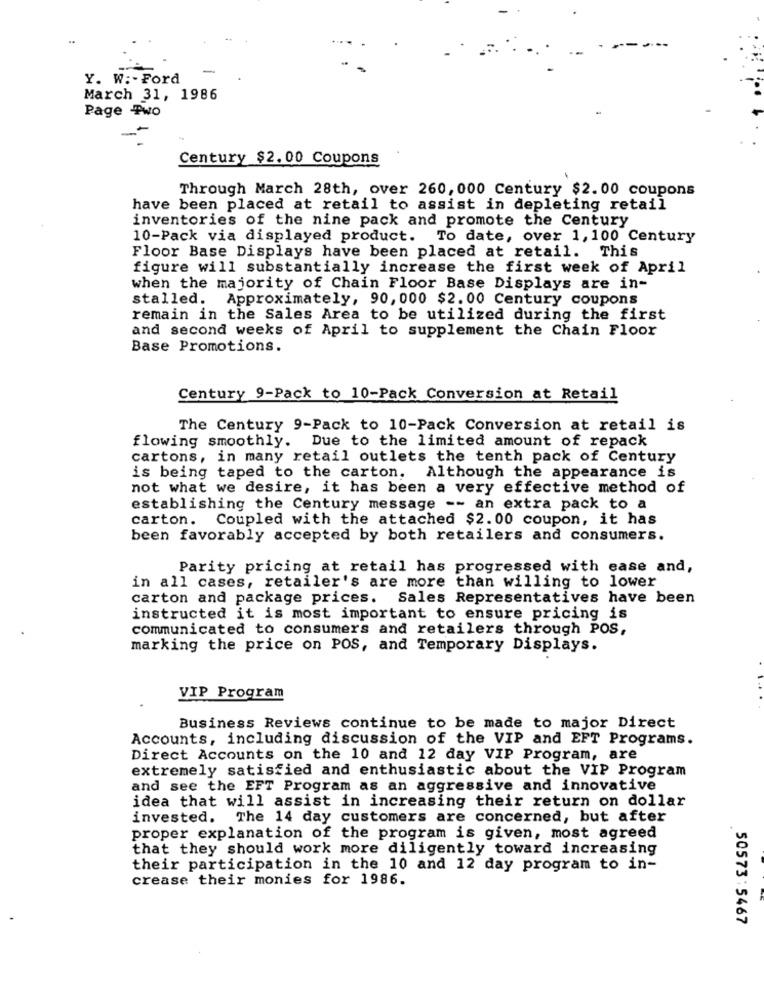
-
Y. W :- Ford
March 31, 1986
Page Two
Century $2.00 Coupons
Through March 28th, over 260, 000 Century $2.00 coupons
have been placed at retail to assist in depleting retail
inventories of the nine pack and promote the Century
10-Pack via displayed product. To date, over 1,100 Century
Floor Base Displays have been placed at retail. This
figure will substantially increase the first week of April
when the majority of Chain Floor Base Displays are in-
stalled. Approximately, 90, 000 $2. 00 Century coupons
remain in the Sales Area to be utilized during the first
and second weeks of April to supplement the Chain Floor
Base Promotions.
Century 9-Pack to 10-Pack Conversion at Retail
The Century 9-Pack to 10-Pack Conversion at retail is
flowing smoothly. Due to the limited amount of repack
cartons, in many retail outlets the tenth pack of Century
is being taped to the carton. Although the appearance is
not what we desire, it has been a very effective method of
establishing the Century message -- an extra pack to a
carton.
Coupled with the attached $2.00 coupon, it has
been favorably accepted by both retailers and consumers.
Parity pricing at retail has progressed with ease and,
in all cases, retailer's are more than willing to lower
carton and package prices. Sales Representatives have been
instructed it is most important to ensure pricing is
communicated to consumers and retailers through POS,
marking the price on POS, and Temporary Displays.
VIP Program
Business Reviews continue to be made to major Direct
Accounts, including discussion of the VIP and EFT Programs.
Direct Accounts on the 10 and 12 day VIP Program, are
extremely satisfied and enthusiastic about the VIP Program
and see the EFT Program as an aggressive and innovative
idea that will assist in increasing their return on dollar
invested. The 14 day customers are concerned, but after
proper explanation of the program is given, most agreed
that they should work more diligently toward increasing
their participation in the 10 and 12 day program to in-
crease their monies for 1986.
50573:5467